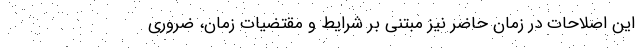
این اصلاحات در زمان حاضر نیز مبتنی بر شرایط و مقتضیات زمان، ضروری